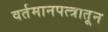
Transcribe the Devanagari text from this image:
वर्तमानपत्त्रातून